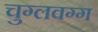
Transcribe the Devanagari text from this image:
चुग्लवग्ग